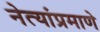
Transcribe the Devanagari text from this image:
नेत्यांप्रमाणे